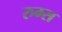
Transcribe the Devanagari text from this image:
रुम्स